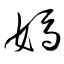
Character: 媽